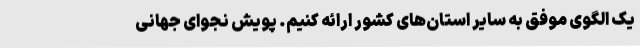
یک الگوی موفق به سایر استان‌های کشور ارائه کنیم. پویش نجوای جهانی